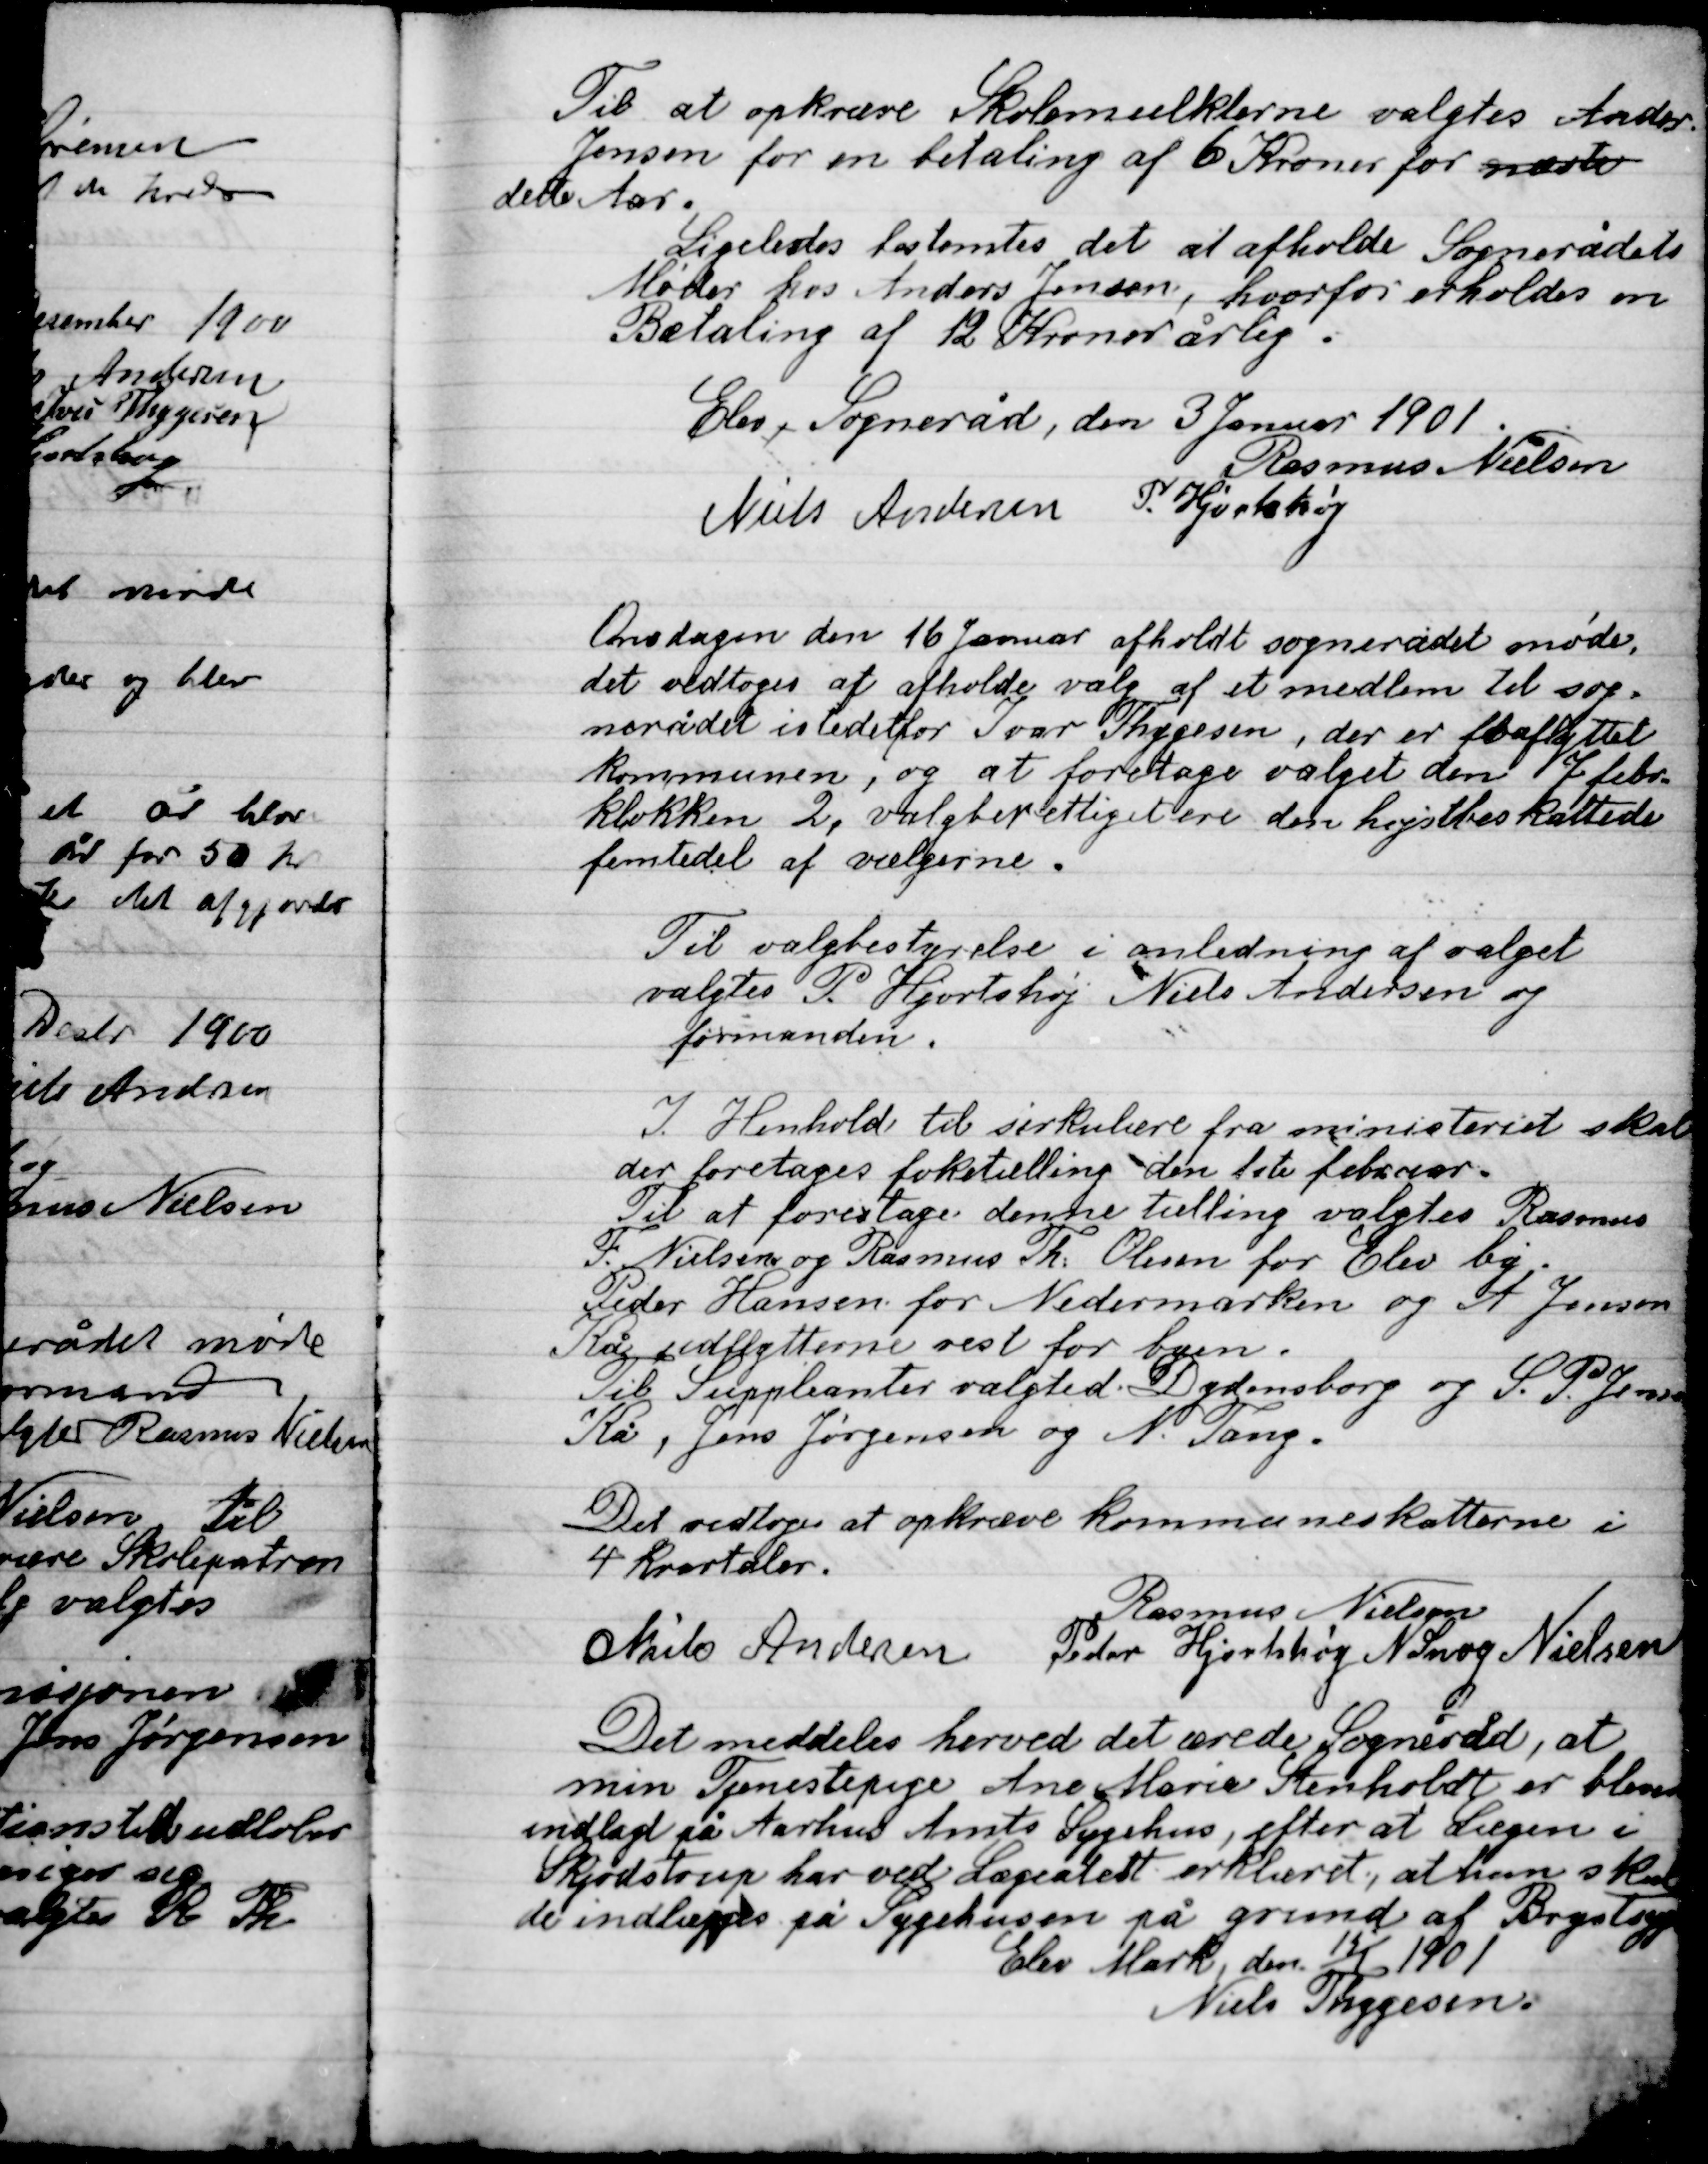
Transskription:
Til at opkræve Skolemulkterne valgtes Anders
Jensen for en betaling af 6 Kroner for næste
Dele Aar.
Ligeledes bestemtes det at afholde Sognerådets
Møde hos Anders Jensen, hvorfor erholdes om
Betaling af 12 kroner årlig

Elev Sogneråd, den 3 Januar 1901

Rasmus Nielsen
Niels Andersen
P. Hjortshøj

Onsdagen den 16 Januar afholdt sognerådet møde.
Det vedtoges at afholde valg af et medlem til sog-
nedrådet i stedet for Ivar Thygesen,  der er fraflyttet
Kommunen, og at foretage valget den 7 febr.
Klokken 2, valgberettiget ere den højest beskattede
Femtedel af vælgerne.

Til valgbestyrelse i anledning af valget
Valgtes P. Hjortshøj, Niels Andersen og
Formanden.

I Henhold til sirkulære fra ministeriet skal
Der foretages folketælling den 1ste februar.
Til at foretage denne tælling valgtes Rasmus
F. Nielsen og Rasmus Th. Olsen for Elev by.
Peder Hansen for Nedermarken og A. Jensen
Kå udflytterne vest for byen.
Til suppleanter valgted Dydensborg og S. P. Jensen
Kå, Jens Jørgensen og N. Tang

Det vedtoges at opkræve Kommuneskatterne i
4 Kvartaler.

Rasmus Nielsen
Niels Andersen
Peder Hjortshøj
N. Snog Nielsen

Det meddeles herved det ærede Sogneråd, at
min Tjenestepige Ane Marie Stenholt er bleven
indlagt på Aarhus Amts Sygehus, efter at lægen i
Skjødstrups har ved Lægeattest erklæret, a hun skul-
de indlægges på Sygehuset på grund af Brystsyge
Elev Mark den 13/1 1901
Niels Thygesen